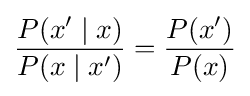
{\frac {P(x'\mid x)}{P(x\mid x')}}={\frac {P(x')}{P(x)}}